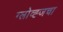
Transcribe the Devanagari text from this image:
ग्लोव्ह्जचा